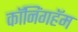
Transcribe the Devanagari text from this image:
कॉनिंगहॅम